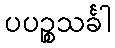
ပပဉ္စသင်္ခါ